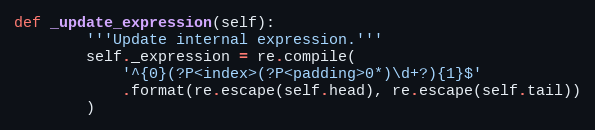
Language: Python
def _update_expression(self):
        '''Update internal expression.'''
        self._expression = re.compile(
            '^{0}(?P<index>(?P<padding>0*)\d+?){1}$'
            .format(re.escape(self.head), re.escape(self.tail))
        )